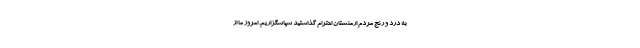
به درد و رنج مردم ارمنستان احترام گذاشتید سپاسگزاریم. امروز ما از